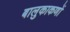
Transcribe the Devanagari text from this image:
बालुकाकणों